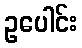
ဥပေါင်း